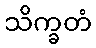
သိက္ခတံ